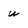
Character: W